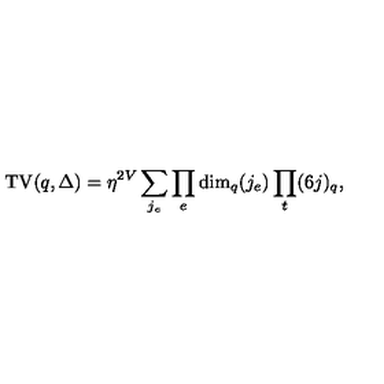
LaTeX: \mathrm { T V } ( q , \Delta ) = \eta ^ { 2 V } \sum _ { j _ { e } } \prod _ { e } \mathrm { d i m } _ { q } ( j _ { e } ) \prod _ { t } ( 6 j ) _ { q } ,